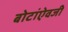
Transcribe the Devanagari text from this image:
बोटांऐवजी